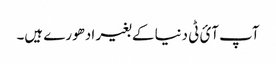
آپ آئ ٹی دنیا کے بغیر ادھورے ہیں۔